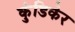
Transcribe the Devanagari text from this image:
कुंडिकेर